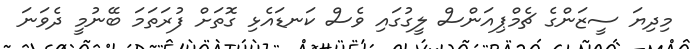
މިދިޔަ ސީޒަންގެ ޗެމްޕިއަންސް ލީގުގައި ވެސް ކަނޑައެޅި ގޮތަށް ފުރަތަމަ ބޭނުމީ ދެވަނަ